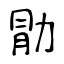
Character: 勖